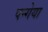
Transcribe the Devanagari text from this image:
पन्गेया